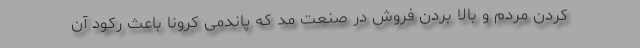
کردن مردم و بالا بردن فروش در صنعت مد که پاندمی کرونا باعث رکود آن